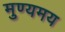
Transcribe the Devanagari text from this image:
मुण्यमय